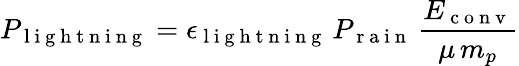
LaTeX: P_{\mathrm{~l~i~g~h~t~n~i~n~g~}}=\epsilon_{\mathrm{~l~i~g~h~t~n~i~n~g~}}\, P_{\mathrm{~r~a~i~n~}}\, \frac{E_{\mathrm{~c~o~n~v~}}}{\mu\, m_{p}}